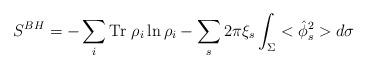
LaTeX: \begin{align*}S^{BH}=-\sum_{i}\mbox{Tr}~\rho_i\ln\rho_i-\sum_{s}2\pi\xi_s\int_{\Sigma}<\hat{\phi}^2_s>d\sigma\end{align*}